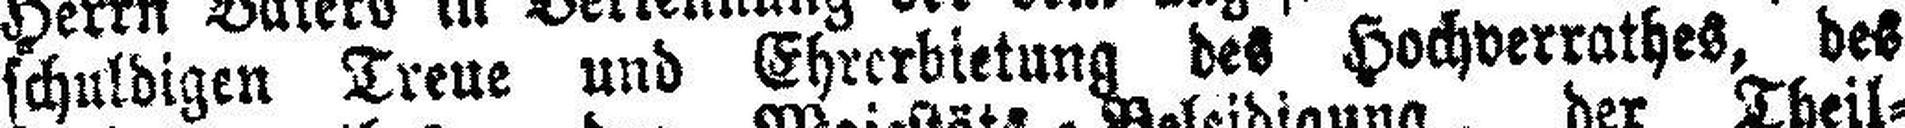
schuldigen Treue und Ehrerbietung des Hochverrathes, des